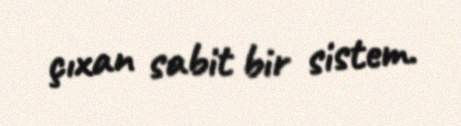
çıxan sabit bir sistem.